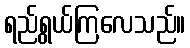
ရည်ရွယ်ကြလေသည်။